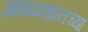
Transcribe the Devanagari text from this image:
आझमखानच्या